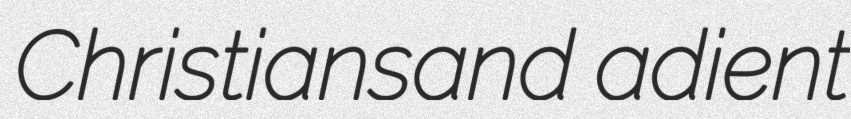
Christiansand adient